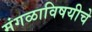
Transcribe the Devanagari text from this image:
मंगळाविषयीचे